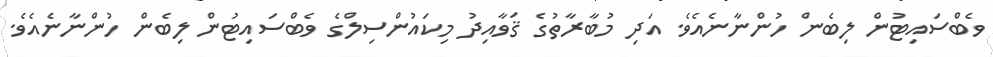
ވެބްސައިޓުން ލިބެން ހުންނާނެއެވެ. އަދި މުބާރާތުގެ ޤަވާއިދު މިކައުންސިލްގެ ވެބްސައިޓުން ލިބެން ހުންނާނެއެވެ.